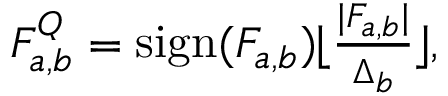
\begin{array} { r } { F _ { a , b } ^ { Q } = \mathrm { s i g n } ( F _ { a , b } ) \lfloor \frac { | F _ { a , b } | } { \Delta _ { b } } \rfloor , } \end{array}